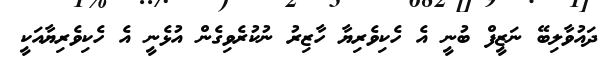
ދައުވާލިބޭ ނަޒީފް ބުނީ އެ ހެކިވެރިޔާ ހާޒިރު ނުކުރެވިގެން އުޅެނީ އެ ހެކިވެރިޔާއަކީ